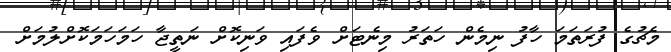
މެޗުގެ ފުރަތަމަ ހާފު ނިމެން ހަތަރު މިނެޓަށް ވެފައި ވަނިކޮށް ނަތީޖާ ހަމަހަމަކޮށްލުމަށް